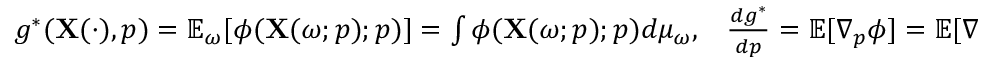
\begin{array} { r } { g ^ { * } ( \mathbf { X } ( \cdot ) , p ) = \mathbb { E } _ { \omega } [ \phi ( \mathbf { X } ( \omega ; p ) ; p ) ] = \int \phi ( \mathbf { X } ( \omega ; p ) ; p ) d \mu _ { \omega } , \; \; \; \frac { d g ^ { * } } { d p } = \mathbb { E } [ \nabla _ { p } \phi ] = \mathbb { E } [ \nabla _ { p } \tilde { g } ] . } \end{array}